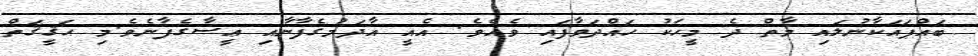
ބައްޕައަކާނުލައި މާތް ދެ މީހަކު ހައްދަވާފައި ވެއެވެ. އެއީ އާދަމުގެފާނާއި ޢީސާގެފާނެވެ.މި ޙަޤީޤަތް